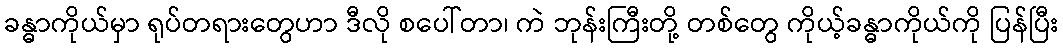
ခန္ဓာကိုယ်မှာ ရုပ်တရားတွေဟာ ဒီလို စပေါ်တာ၊ ကဲ ဘုန်းကြီးတို့ တစ်တွေ ကိုယ့်ခန္ဓာကိုယ်ကို ပြန်ပြီး